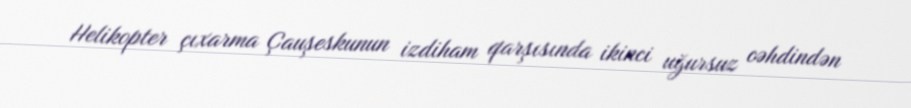
Helikopter çıxarma Çauşeskunun izdiham qarşısında ikinci uğursuz cəhdindən